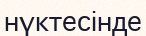
нүктесінде